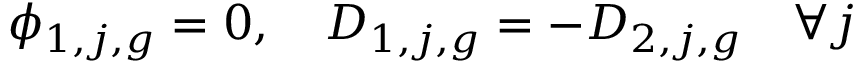
\phi _ { 1 , j , g } = 0 , \quad D _ { 1 , j , g } = - D _ { 2 , j , g } \quad \forall j